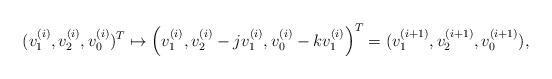
LaTeX: \begin{align*}(v_1^{(i)},v_2^{(i)},v_0^{(i)})^T \mapsto \left (v_1^{(i)}, v_2^{(i)} - j v_1^{(i)}, v_0^{(i)} - k v_1^{(i)} \right)^T = (v_1^{(i+1)}, v_2^{(i+1)}, v_0^{(i+1)}),\end{align*}